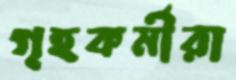
গৃহকর্মীরা